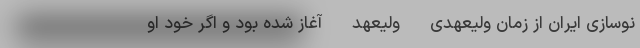
نوسازی ایران از زمان ولیعهدی - ولیعهد - آغاز شده بود و اگر خود او